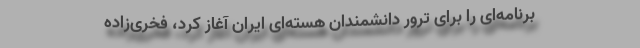
برنامه‌ای را برای ترور دانشمندان هسته‌ای ایران آغاز کرد، فخری‌‌زاده